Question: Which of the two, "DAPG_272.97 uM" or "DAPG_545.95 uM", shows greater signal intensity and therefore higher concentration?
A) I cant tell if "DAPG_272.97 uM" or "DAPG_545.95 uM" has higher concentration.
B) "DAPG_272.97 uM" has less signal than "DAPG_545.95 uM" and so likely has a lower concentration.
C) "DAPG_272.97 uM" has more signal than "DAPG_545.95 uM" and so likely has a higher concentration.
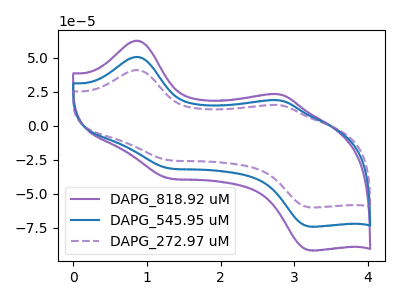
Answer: <think>The purple curve "DAPG_818.92 uM" has anodic peaks at (0.85V, 101.00uA) (2.80V, 37.30uA) and cathodic peaks at (1.30V, -62.25uA) (3.20V, -148.05uA). The blue curve "DAPG_545.95 uM" has anodic peaks at (0.85V, 50.50uA) (2.80V, 18.65uA) and cathodic peaks at (1.30V, -31.10uA) (3.20V, -74.00uA). The purple dashed curve "DAPG_272.97 uM" has anodic peaks at (0.85V, 40.85uA) (2.80V, 15.10uA) and cathodic peaks at (1.30V, -25.20uA) (3.20V, -59.90uA).
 All the peaks in "DAPG_272.97 uM" have a peak in "DAPG_545.95 uM" at the same potential. Every peak in "DAPG_272.97 uM" is lower than every peak in "DAPG_545.95 uM".</think>
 <answer>B) "DAPG_272.97 uM" has less signal than "DAPG_545.95 uM" and so likely has a lower concentration.</answer>
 <eval>B</eval>